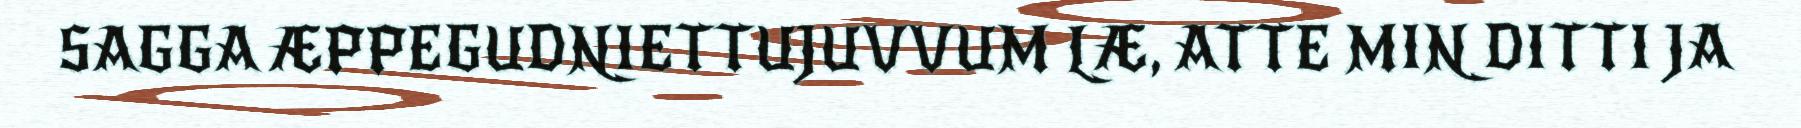
SAGGA ÆPPEGUDNIETTUJUVVUM LÆ, ATTE MIN DITTI JA